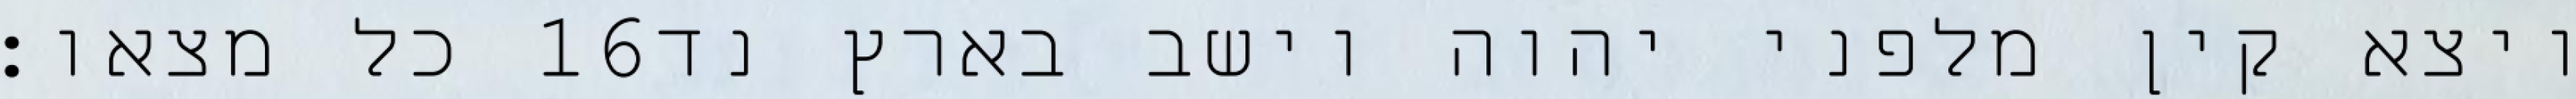
כל מצאו׃ ‎16‏ ויצא קין מלפני יהוה וישב בארץ נד